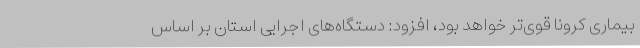
بیماری کرونا قوی‌تر خواهد بود، افزود: دستگاه‌های اجرایی استان بر اساس